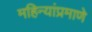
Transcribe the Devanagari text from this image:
महिन्यांप्रमाणे